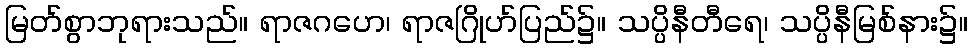
မြတ်စွာဘုရားသည်။ ရာဇဂဟေ၊ ရာဇဂြိုဟ်ပြည်၌။ သပ္ပိနီတီရေ၊ သပ္ပိနီမြစ်နား၌။